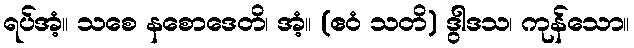
ရပ်အံ့။ သစေ နစောဒေတိ၊ အံ့။ (ဧဝံ သတိ) ဒွါဒသ၊ ကုန်သော။